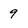
Character: 9